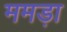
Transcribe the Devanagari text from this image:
ममड़ा